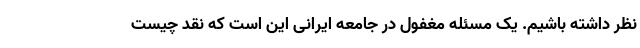
نظر داشته باشیم. یک مسئله مغفول در جامعه ایرانی این است که نقد چیست